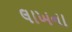
લાખના